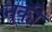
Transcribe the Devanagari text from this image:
नूकी